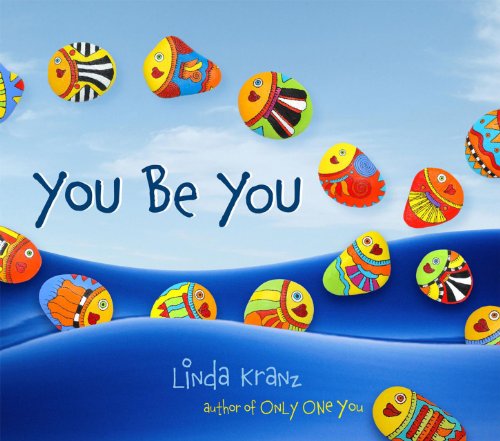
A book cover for You Be You; Linda Kranz; Children's Books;